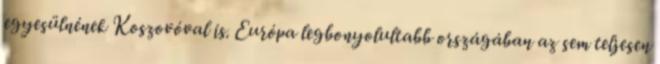
egyesülnének Koszovóval is. Európa legbonyolultabb országában az sem teljesen